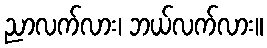
ညာလက်လား၊ ဘယ်လက်လား။